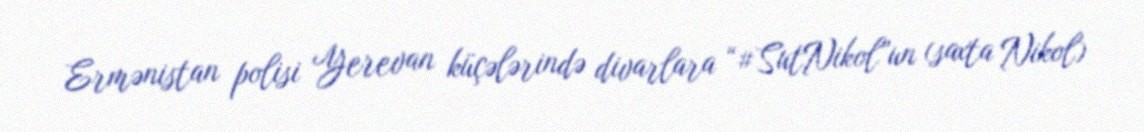
Ermənistan polisi Yerevan küçələrində divarlara “#SutNikol”un (saxta Nikol)